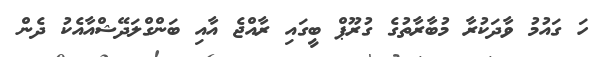
ހަ ގައުމު ވާދަކުރާ މުބާރާތުގެ ގުރޫޕް ބީގައި ރާއްޖެ އާއި ބަންގްލަދޭޝްއާއެކު ދެން